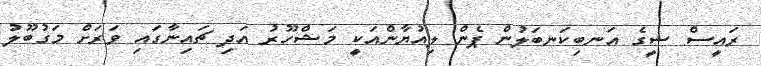
ރައީސް ޝީގެ އަނބިކަނބަލުން ޕެން ލިއުޔާންއަކީ މަޝްހޫރު އަދި ޗައިނާގައި ވަރަށް މަގުބޫލު